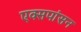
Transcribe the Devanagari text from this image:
एक्सपांसन